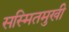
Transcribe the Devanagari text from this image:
सस्मितमुखी